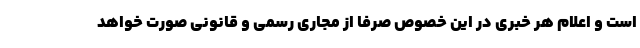
است و اعلام هر خبری در این خصوص صرفا از مجاری رسمی و قانونی صورت خواهد